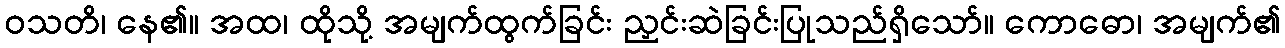
ဝသတိ၊ နေ၏။ အထ၊ ထိုသို့ အမျက်ထွက်ခြင်း ညှင်းဆဲခြင်းပြုသည်ရှိသော်။ ကောဓော၊ အမျက်၏